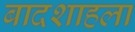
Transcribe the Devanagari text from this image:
बादशाहला